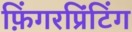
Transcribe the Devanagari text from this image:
फ़िंगरप्रिंटिंग